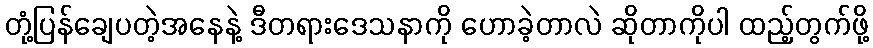
တုံ့ပြန်ချေပတဲ့အနေနဲ့ ဒီတရားဒေသနာကို ဟောခဲ့တာလဲ ဆိုတာကိုပါ ထည့်တွက်ဖို့